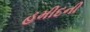
હમીદની